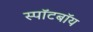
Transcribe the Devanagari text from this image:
स्पॉटबॉय